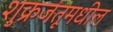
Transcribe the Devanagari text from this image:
शुक्रजंतूमधील